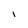
Character: I